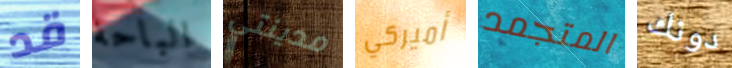
قد الباحة مدينتي أميركي المتجمد دونك